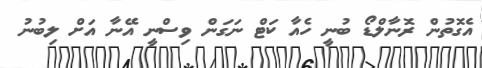
އެގޮތުން ރޮނާލްޑޯ ބުނީ ހެއާ ކަޓް ނަގަން ވިސްނީ އޭނާ އަށް ލިބުނު